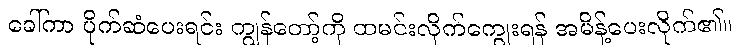
ခေါ်ကာ ပိုက်ဆံပေးရင်း ကျွန်တော့်ကို ထမင်းလိုက်ကျွေးရန် အမိန့်ပေးလိုက်၏။